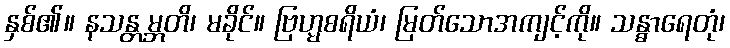
နှစ်၏။ နသန္တမ္ဘတိ၊ မခိုင်။ ဗြဟ္မစရိယံ၊ မြတ်သောအကျင့်ကို။ သန္ဓာရေတုံ၊